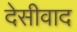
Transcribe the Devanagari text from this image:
देसीवाद